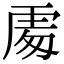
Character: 𠁅